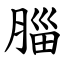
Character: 䐉